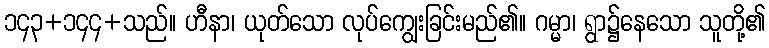
၁၄၃+၁၄၄+သည်။ ဟီနာ၊ ယုတ်သော လုပ်ကျွေးခြင်းမည်၏။ ဂမ္မာ၊ ရွာ၌နေသော သူတို့၏